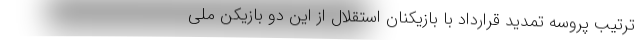
ترتیب پروسه تمدید قرارداد با بازیکنان استقلال از این دو بازیکن ملی